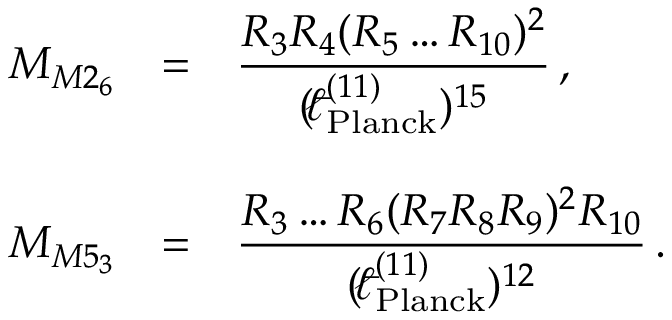
\begin{array} { r c l } { { M _ { M 2 _ { 6 } } } } & { { = } } & { { { \displaystyle \frac { R _ { 3 } R _ { 4 } ( R _ { 5 } \ldots R _ { 1 0 } ) ^ { 2 } } { ( { } ^ { - } \! \! \! \! \ell _ { \mathrm { P l a n c k } } ^ { ( 1 1 ) } ) ^ { 1 5 } } } \, , } } \\ { { } } & { { } } & { { } } \\ { { M _ { M 5 _ { 3 } } } } & { { = } } & { { { \displaystyle \frac { R _ { 3 } \ldots R _ { 6 } ( R _ { 7 } R _ { 8 } R _ { 9 } ) ^ { 2 } R _ { 1 0 } } { ( { } ^ { - } \! \! \! \! \ell _ { \mathrm { P l a n c k } } ^ { ( 1 1 ) } ) ^ { 1 2 } } } \, . } } \end{array}